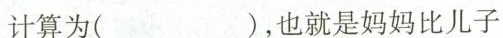
计算为（ ），也就是妈妈比儿子